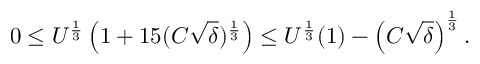
0 \leq U ^ { \frac { 1 } { 3 } } \left( 1 + 1 5 ( C \sqrt { \delta } ) ^ { \frac { 1 } { 3 } } \right) \leq U ^ { \frac { 1 } { 3 } } ( 1 ) - \left( C \sqrt { \delta } \right) ^ { \frac 1 3 } .